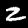
Label: 2